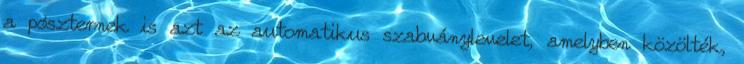
a pószternek is azt az automatikus szabványlevelet, amelyben közölték,